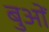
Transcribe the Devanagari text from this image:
बुओं